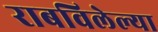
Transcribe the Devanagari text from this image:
राबविलेल्या